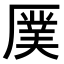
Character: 𪠖